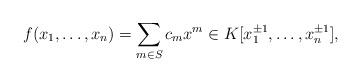
LaTeX: \begin{align*}f(x_1,\ldots,x_n)=\sum_{m\in S}c_{m}x^m\in K[x_1^{\pm 1},\ldots,x_n^{\pm 1}],\end{align*}